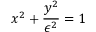
x ^ { 2 } + \frac { y ^ { 2 } } { \epsilon ^ { 2 } } = 1